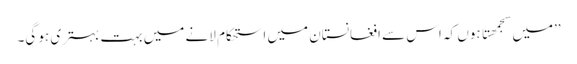
’’میں سجمھتا ہوں کہ اس سے افغانستان میں استحکام لانے میں بہت بہتری ہو گی۔